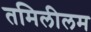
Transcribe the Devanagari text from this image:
तमिलीलम